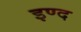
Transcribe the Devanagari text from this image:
इण्द